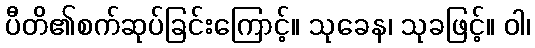
ပီတိ၏စက်ဆုပ်ခြင်းကြောင့်။ သုခေန၊ သုခဖြင့်။ ဝါ၊